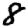
Digit: 8